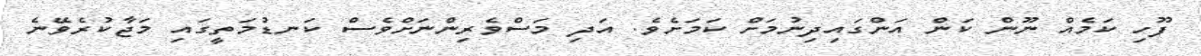
ފޫހި ކަމެއް ނޫން ކަން އަންގައިދިނުމަށް ކަމަށެވެ. އަދި މަސްވެރިންނަށްވެސް ކަނޑުމަތީގައި މަޖާކުރެވޭނެ